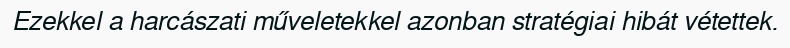
Ezekkel a harcászati műveletekkel azonban stratégiai hibát vétettek.